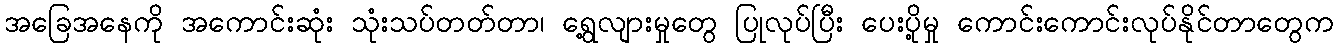
အခြေအနေကို အကောင်းဆုံး သုံးသပ်တတ်တာ၊ ရွေ့လျားမှုတွေ ပြုလုပ်ပြီး ပေးပို့မှု ကောင်းကောင်းလုပ်နိုင်တာတွေက